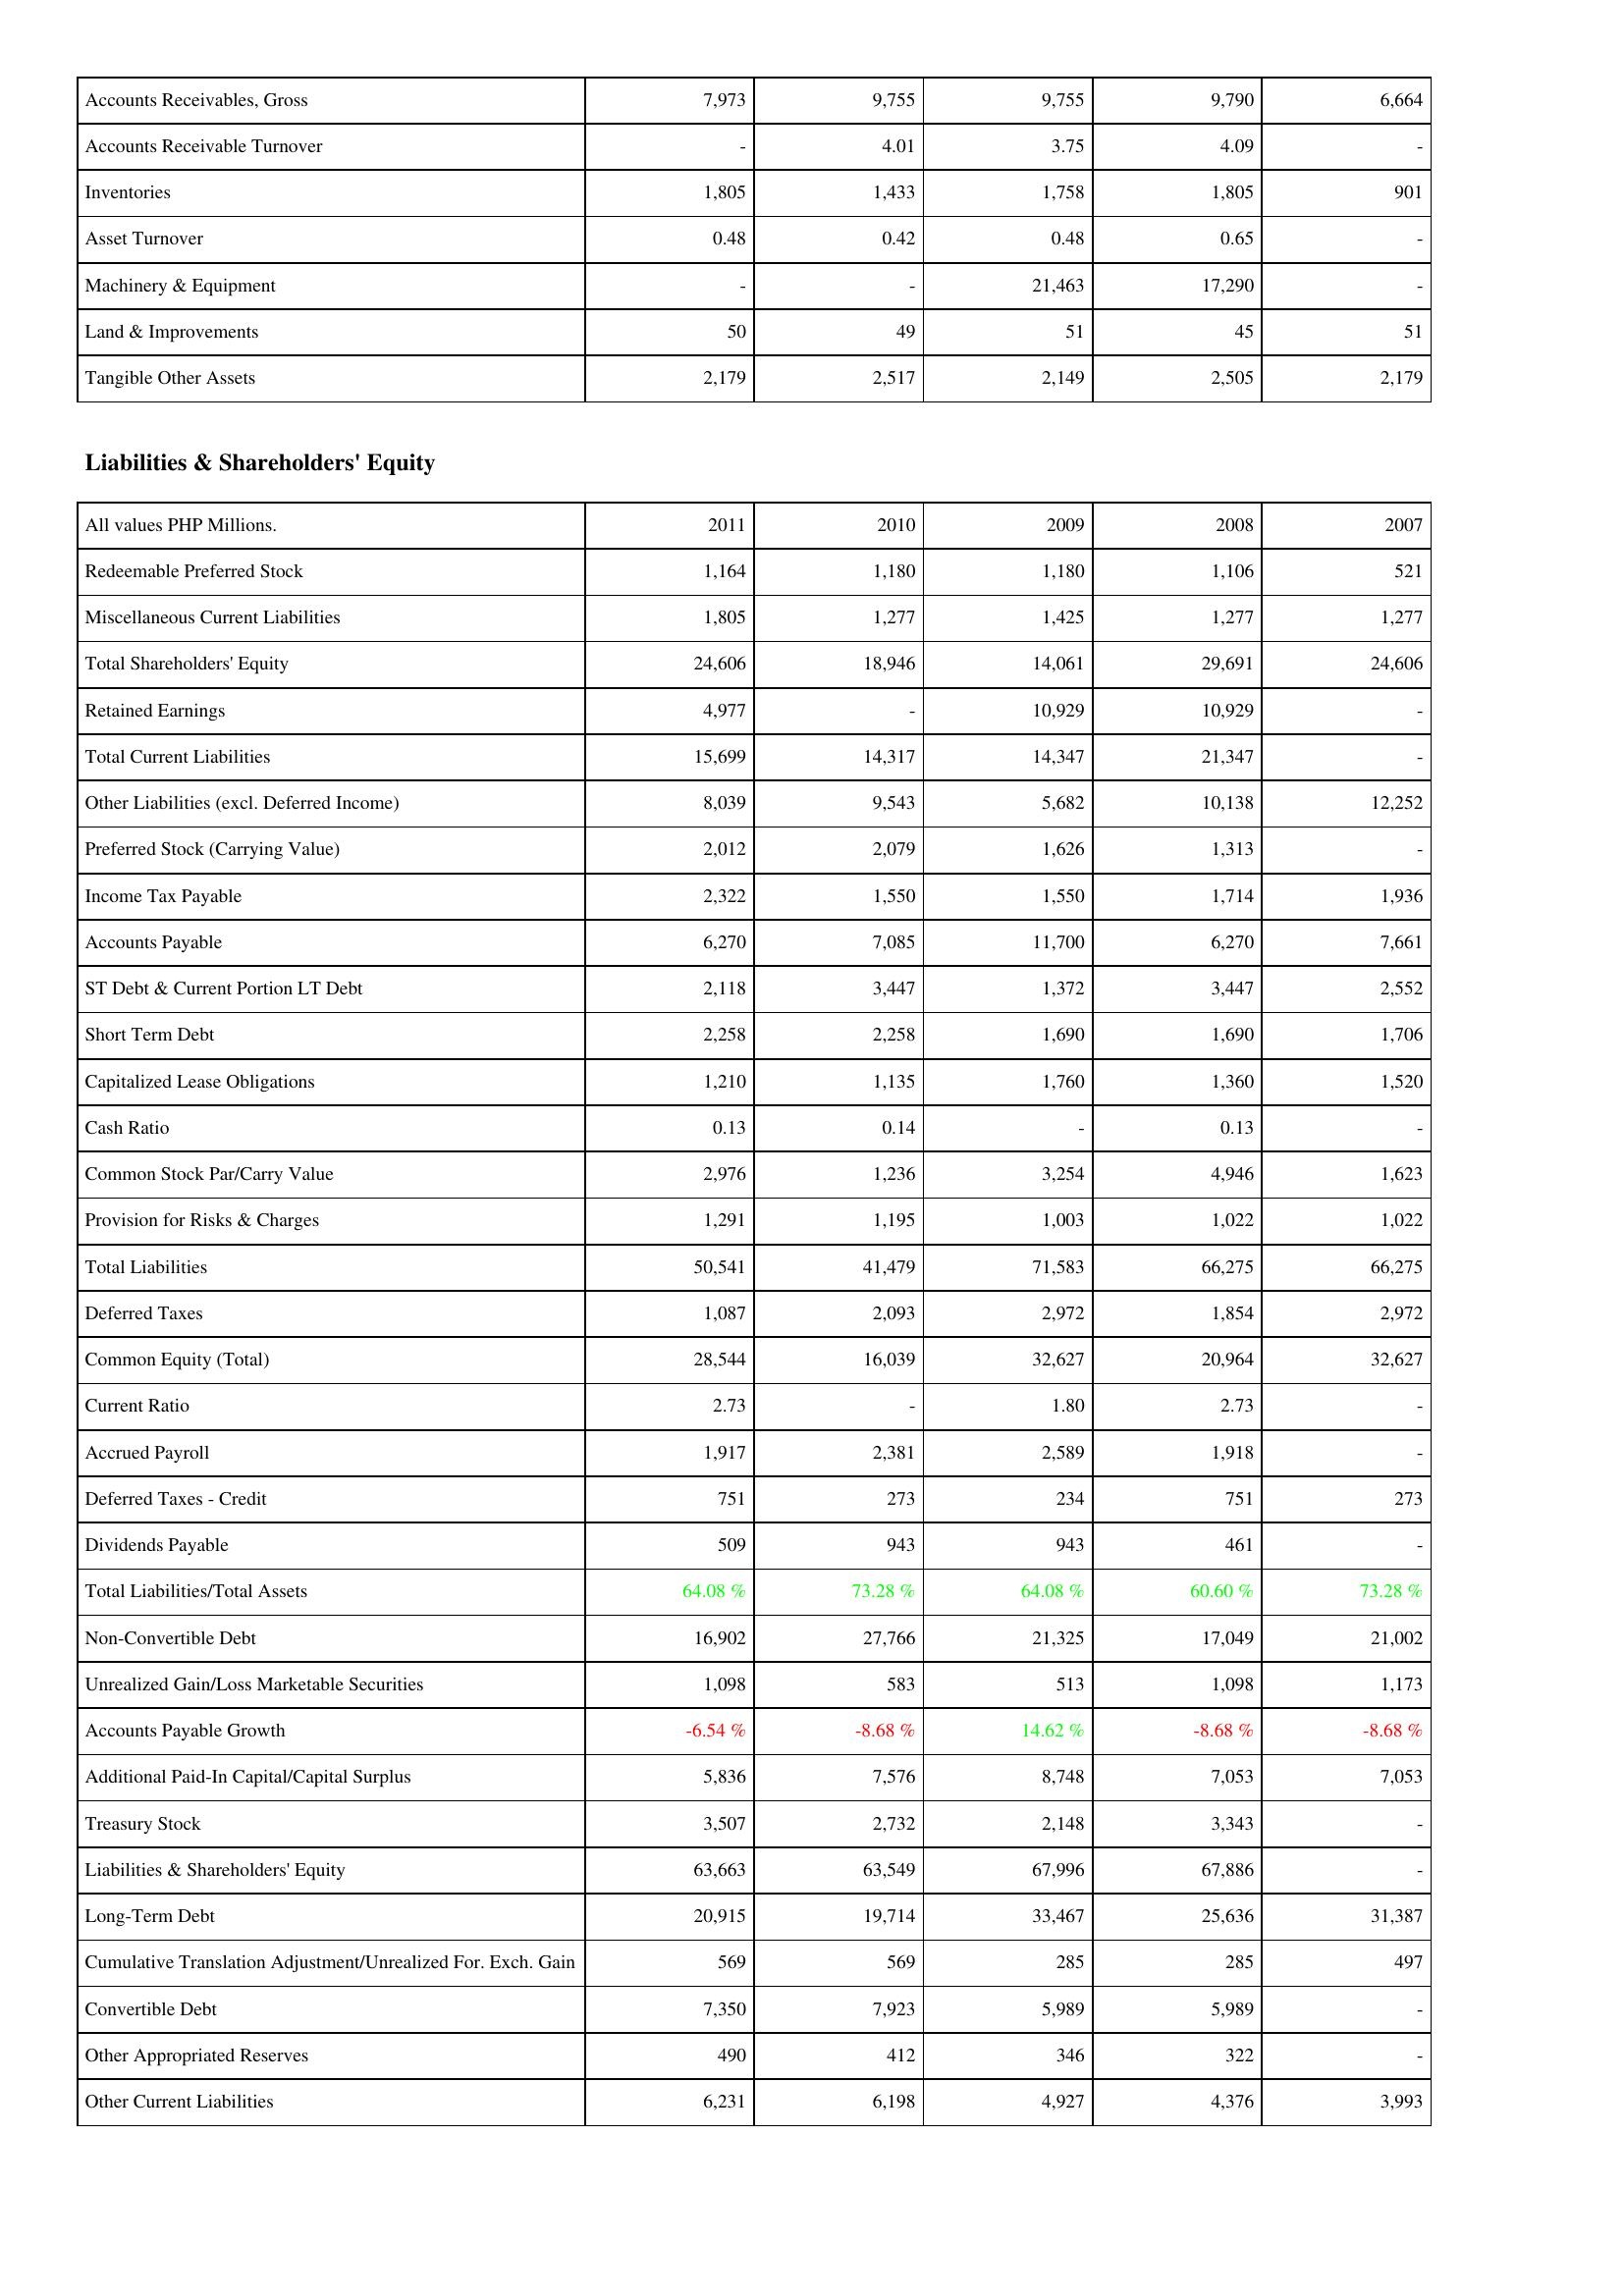
2011: Assets: Accounts Receivables, Gross: 7,973
Accounts Receivable Turnover: -
Inventories: 1,805
Asset Turnover: 0.48
Machinery & Equipment: -
Land & Improvements: 50
Tangible Other Assets: 2,179
Liabilities & Shareholders' Equity: Redeemable Preferred Stock: 1,164
Miscellaneous Current Liabilities: 1,805
Total Shareholders' Equity: 24,606
Retained Earnings: 4,977
Total Current Liabilities: 15,699
Other Liabilities (excl. Deferred Income): 8,039
Preferred Stock (Carrying Value): 2,012
Income Tax Payable: 2,322
Accounts Payable: 6,270
ST Debt & Current Portion LT Debt: 2,118
Short Term Debt: 2,258
Capitalized Lease Obligations: 1,210
Cash Ratio: 0.13
Common Stock Par/Carry Value: 2,976
Provision for Risks & Charges: 1,291
Total Liabilities: 50,541
Deferred Taxes: 1,087
Common Equity (Total): 28,544
Current Ratio: 2.73
Accrued Payroll: 1,917
Deferred Taxes - Credit: 751
Dividends Payable: 509
Total Liabilities/Total Assets: 64.08 %
Non-Convertible Debt: 16,902
Unrealized Gain/Loss Marketable Securities: 1,098
Accounts Payable Growth: -6.54 %
Additional Paid-In Capital/Capital Surplus: 5,836
Treasury Stock: 3,507
Liabilities & Shareholders' Equity: 63,663
Long-Term Debt: 20,915
Cumulative Translation Adjustment/Unrealized For. Exch. Gain: 569
Convertible Debt: 7,350
Other Appropriated Reserves: 490
Other Current Liabilities: 6,231
2010: Assets: Accounts Receivables, Gross: 9,755
Accounts Receivable Turnover: 4.01
Inventories: 1,433
Asset Turnover: 0.42
Machinery & Equipment: -
Land & Improvements: 49
Tangible Other Assets: 2,517
Liabilities & Shareholders' Equity: Redeemable Preferred Stock: 1,180
Miscellaneous Current Liabilities: 1,277
Total Shareholders' Equity: 18,946
Retained Earnings: -
Total Current Liabilities: 14,317
Other Liabilities (excl. Deferred Income): 9,543
Preferred Stock (Carrying Value): 2,079
Income Tax Payable: 1,550
Accounts Payable: 7,085
ST Debt & Current Portion LT Debt: 3,447
Short Term Debt: 2,258
Capitalized Lease Obligations: 1,135
Cash Ratio: 0.14
Common Stock Par/Carry Value: 1,236
Provision for Risks & Charges: 1,195
Total Liabilities: 41,479
Deferred Taxes: 2,093
Common Equity (Total): 16,039
Current Ratio: -
Accrued Payroll: 2,381
Deferred Taxes - Credit: 273
Dividends Payable: 943
Total Liabilities/Total Assets: 73.28 %
Non-Convertible Debt: 27,766
Unrealized Gain/Loss Marketable Securities: 583
Accounts Payable Growth: -8.68 %
Additional Paid-In Capital/Capital Surplus: 7,576
Treasury Stock: 2,732
Liabilities & Shareholders' Equity: 63,549
Long-Term Debt: 19,714
Cumulative Translation Adjustment/Unrealized For. Exch. Gain: 569
Convertible Debt: 7,923
Other Appropriated Reserves: 412
Other Current Liabilities: 6,198
2009: Assets: Accounts Receivables, Gross: 9,755
Accounts Receivable Turnover: 3.75
Inventories: 1,758
Asset Turnover: 0.48
Machinery & Equipment: 21,463
Land & Improvements: 51
Tangible Other Assets: 2,149
Liabilities & Shareholders' Equity: Redeemable Preferred Stock: 1,180
Miscellaneous Current Liabilities: 1,425
Total Shareholders' Equity: 14,061
Retained Earnings: 10,929
Total Current Liabilities: 14,347
Other Liabilities (excl. Deferred Income): 5,682
Preferred Stock (Carrying Value): 1,626
Income Tax Payable: 1,550
Accounts Payable: 11,700
ST Debt & Current Portion LT Debt: 1,372
Short Term Debt: 1,690
Capitalized Lease Obligations: 1,760
Cash Ratio: -
Common Stock Par/Carry Value: 3,254
Provision for Risks & Charges: 1,003
Total Liabilities: 71,583
Deferred Taxes: 2,972
Common Equity (Total): 32,627
Current Ratio: 1.80
Accrued Payroll: 2,589
Deferred Taxes - Credit: 234
Dividends Payable: 943
Total Liabilities/Total Assets: 64.08 %
Non-Convertible Debt: 21,325
Unrealized Gain/Loss Marketable Securities: 513
Accounts Payable Growth: 14.62 %
Additional Paid-In Capital/Capital Surplus: 8,748
Treasury Stock: 2,148
Liabilities & Shareholders' Equity: 67,996
Long-Term Debt: 33,467
Cumulative Translation Adjustment/Unrealized For. Exch. Gain: 285
Convertible Debt: 5,989
Other Appropriated Reserves: 346
Other Current Liabilities: 4,927
2008: Assets: Accounts Receivables, Gross: 9,790
Accounts Receivable Turnover: 4.09
Inventories: 1,805
Asset Turnover: 0.65
Machinery & Equipment: 17,290
Land & Improvements: 45
Tangible Other Assets: 2,505
Liabilities & Shareholders' Equity: Redeemable Preferred Stock: 1,106
Miscellaneous Current Liabilities: 1,277
Total Shareholders' Equity: 29,691
Retained Earnings: 10,929
Total Current Liabilities: 21,347
Other Liabilities (excl. Deferred Income): 10,138
Preferred Stock (Carrying Value): 1,313
Income Tax Payable: 1,714
Accounts Payable: 6,270
ST Debt & Current Portion LT Debt: 3,447
Short Term Debt: 1,690
Capitalized Lease Obligations: 1,360
Cash Ratio: 0.13
Common Stock Par/Carry Value: 4,946
Provision for Risks & Charges: 1,022
Total Liabilities: 66,275
Deferred Taxes: 1,854
Common Equity (Total): 20,964
Current Ratio: 2.73
Accrued Payroll: 1,918
Deferred Taxes - Credit: 751
Dividends Payable: 461
Total Liabilities/Total Assets: 60.60 %
Non-Convertible Debt: 17,049
Unrealized Gain/Loss Marketable Securities: 1,098
Accounts Payable Growth: -8.68 %
Additional Paid-In Capital/Capital Surplus: 7,053
Treasury Stock: 3,343
Liabilities & Shareholders' Equity: 67,886
Long-Term Debt: 25,636
Cumulative Translation Adjustment/Unrealized For. Exch. Gain: 285
Convertible Debt: 5,989
Other Appropriated Reserves: 322
Other Current Liabilities: 4,376
2007: Assets: Accounts Receivables, Gross: 6,664
Accounts Receivable Turnover: -
Inventories: 901
Asset Turnover: -
Machinery & Equipment: -
Land & Improvements: 51
Tangible Other Assets: 2,179
Liabilities & Shareholders' Equity: Redeemable Preferred Stock: 521
Miscellaneous Current Liabilities: 1,277
Total Shareholders' Equity: 24,606
Retained Earnings: -
Total Current Liabilities: -
Other Liabilities (excl. Deferred Income): 12,252
Preferred Stock (Carrying Value): -
Income Tax Payable: 1,936
Accounts Payable: 7,661
ST Debt & Current Portion LT Debt: 2,552
Short Term Debt: 1,706
Capitalized Lease Obligations: 1,520
Cash Ratio: -
Common Stock Par/Carry Value: 1,623
Provision for Risks & Charges: 1,022
Total Liabilities: 66,275
Deferred Taxes: 2,972
Common Equity (Total): 32,627
Current Ratio: -
Accrued Payroll: -
Deferred Taxes - Credit: 273
Dividends Payable: -
Total Liabilities/Total Assets: 73.28 %
Non-Convertible Debt: 21,002
Unrealized Gain/Loss Marketable Securities: 1,173
Accounts Payable Growth: -8.68 %
Additional Paid-In Capital/Capital Surplus: 7,053
Treasury Stock: -
Liabilities & Shareholders' Equity: -
Long-Term Debt: 31,387
Cumulative Translation Adjustment/Unrealized For. Exch. Gain: 497
Convertible Debt: -
Other Appropriated Reserves: -
Other Current Liabilities: 3,993